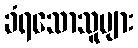
ခံရသောသူများ